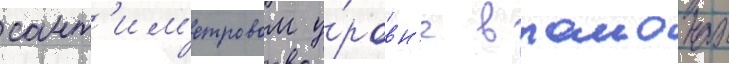
сант'им'етровом у́ровн'е в раионах